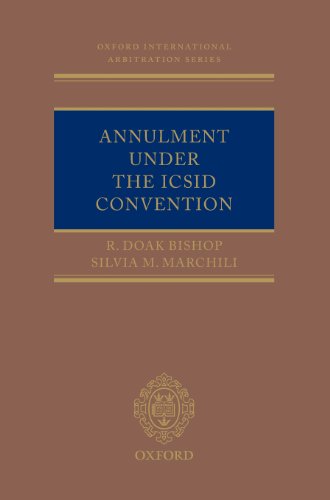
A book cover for Annulment under the ICSID Convention (Oxford International Arbitration Series); R. Doak Bishop; Law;